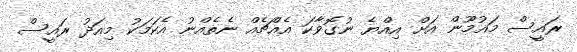
ރައީސް މައުމޫން އަށް އިއްޔެ ނުގޮވާކަ އެއްޗެއް ނެތެއްނު އެކަމަކު މިއަދު ރައީސް